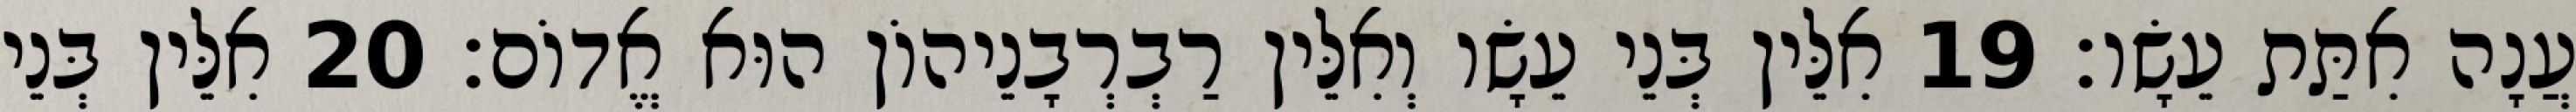
עֲנָה אִתַּת עֵשָׂו׃ 19 אִלֵּין בְּנֵי עֵשָׂו וְאִלֵּין רַבְרְבָנֵיהוֹן הוּא אֱדוֹם׃ 20 אִלֵּין בְּנֵי